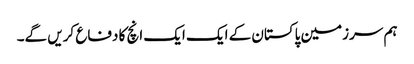
ہم سرزمین پاکستان کے ایک ایک انچ کا دفاع کریں گے۔